Code of medical and sanitary regulations for the guidance of medical officers serving in the Madras Presidency - Volume I
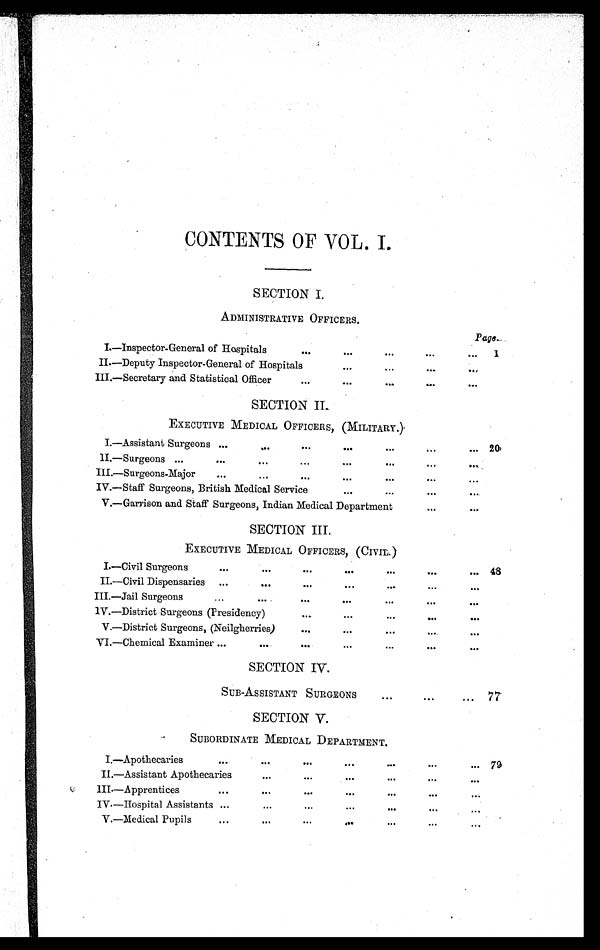
CONTENTS OF VOL. I.
SECTION I.
ADMINISTRATIVE OFFICERS.
Page .
I.—Inspector-General of Hospitals
. . .
. . .
. . . ...
... 1
II.—Deputy Inspector-General of Hospitals
. . .
. . .
. . . . . .
III.—Secretary and Statistical Officer
. . .
. . .
. . .
. . . ...
S E C T I O N I I .
EXECUTIVE MEDICAL OFFICERS, (MILITARY.)
I.—Assistant Surgeons ...
...
. . . . . .
. . .
. . . ... 20
II.—Surgeons ... ...
...
. . . ...
. . .
. . .
. . .
III.—Surgeons-Major
...
...
...
. . .
. . .
. . . ...
IV.—Staff Surgeons, British Medical Service
. . . ...
...
. . .
V.—Garrison and Staff Surgeons, Indian Medical Department
. . .
. . .
SECTION III.
EXECUTIVE MEDICAL OFFICERS, (CIVIL.)
I.—Civil Surgeons
...
. . .
. . .
. . . ...
. . .
. . . 48
II.—Civil Dispensaries ...
. . .
. . . . . .
...
. . .
. . .
III.—Jail Surgeons
...
. . .
. . .
. . . . . .
...
. . .
IV.—District Surgeons (Presidency)
. . .
. . .
...
. . .
...
V.—District Surgeons, (Neilgherries)
. . .
. . . . . .
. . .
...
VI.—Chemical Examiner ...
. . .
. . . . . .
. . . ...
. . .
SECTION IV.
SUB-ASSISTANT SURGEONS
. . .
. . . ... 77
SECTION V.
SUBORDINATE MEDICAL DEPARTMENT.
I.—Apothecaries
...
. . .
. . .
. . .
. . .
. . .
... 79
II.—Assistant Apothecaries
...
. . .
. . .
. . .
. . .
. . .
III.—Apprentices
...
. . .
. . .
. . .
. . .
. . .
...
IV.—Hospital Assistants ...
. . .
...
...
. . .
...
...
V.—Medical Pupils
. . .
. . .
...
. . .
...
. . .
. . .